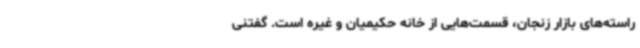
راسته‌های بازار زنجان، قسمت‌هایی از خانه حکیمیان و غیره است. گفتنی